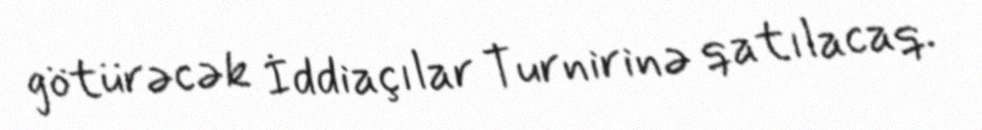
götürəcək İddiaçılar Turnirinə qatılacaq.